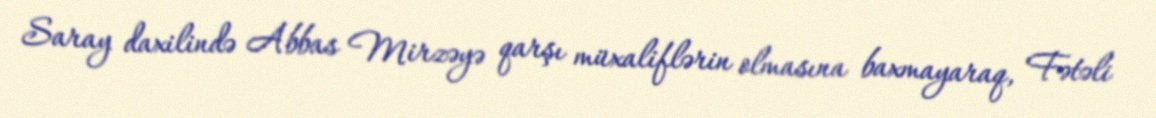
Saray daxilində Abbas Mirzəyə qarşı müxaliflərin olmasına baxmayaraq, Fətəli